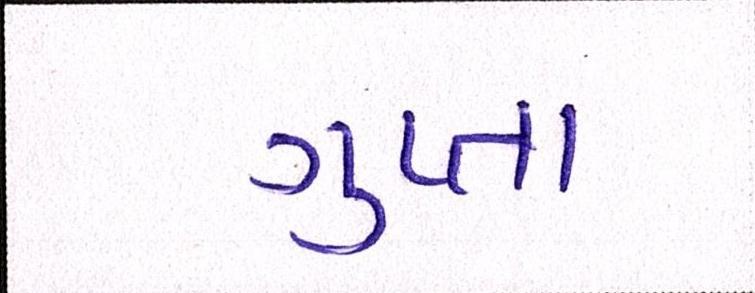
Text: ગુપ્તા